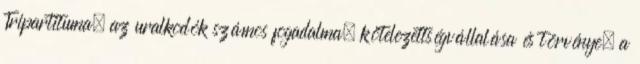
Tripartituma, az uralkodók számos fogadalma, kötelezettségvállalása és törvénye, a